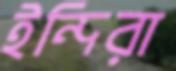
ইন্দিরা